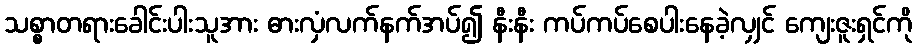
သစ္စာတရားခေါင်းပါးသူအား ဓားလှံလက်နက်အပ်၍ နီးနီး ကပ်ကပ်စေပါးနေခဲ့လျှင် ကျေးဇူးရှင်ကို